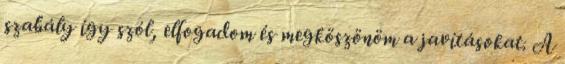
szabály így szól, elfogadom és megköszönöm a javításokat. A